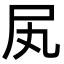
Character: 㞍